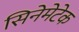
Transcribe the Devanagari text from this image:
सिनेमेटेक